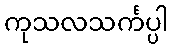
ကုသလသင်္ကပ္ပါ